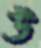
উ